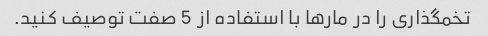
تخمگذاری را در مارها با استفاده از 5 صفت توصیف کنید.